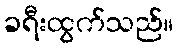
ခရီးထွက်သည်။